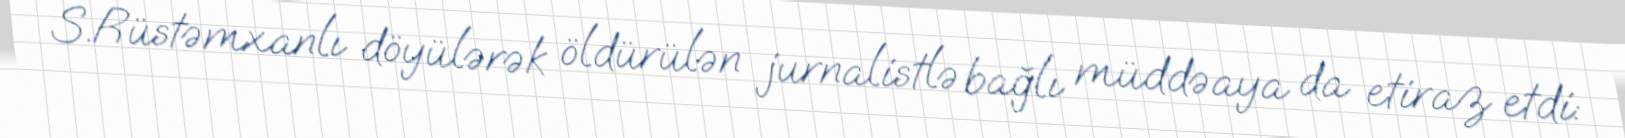
S.Rüstəmxanlı döyülərək öldürülən jurnalistlə bağlı müddəaya da etiraz etdi: